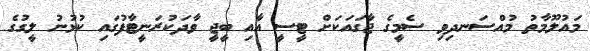
މައުލޫމާތު މުއްސަނދިވި ސެމީގެ ޖާގައަކަށް ޓީސީ އާއި ބީޖީ ވާދަކުރަނީޓާފުގައި ކުޅުނު ލީގުގެ